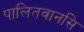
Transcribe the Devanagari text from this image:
पालितवानसि